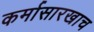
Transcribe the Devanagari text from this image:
कर्मासारखाच